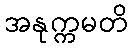
အနုက္ကမတိ